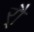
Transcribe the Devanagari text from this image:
र्‍ाै